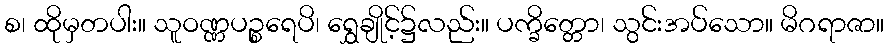
စ၊ ထိုမှတပါး။ သူဝဏ္ဏပဉ္စရေပိ၊ ရွှေချိုင့်၌လည်း။ ပက္ခိတ္တော၊ သွင်းအပ်သော။ မိဂရာဇာ။